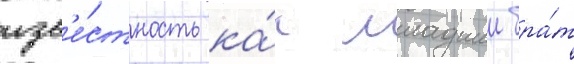
изв'е́стность ка́к младшии бра́т